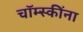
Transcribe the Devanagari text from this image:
चॉम्स्कींना